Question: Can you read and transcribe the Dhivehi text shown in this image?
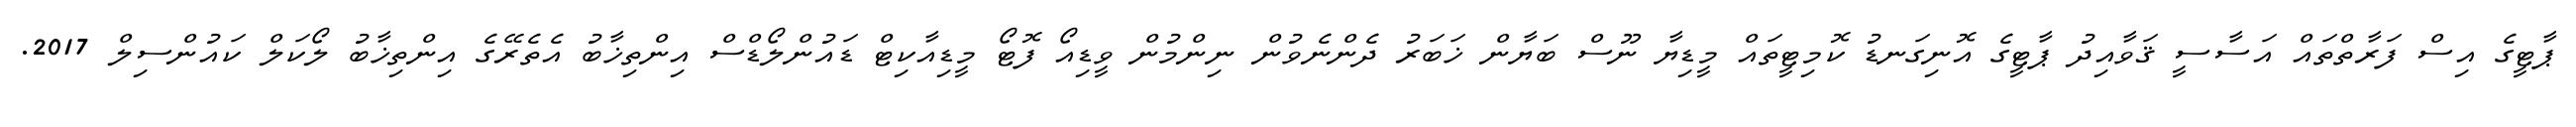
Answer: ޕާޓީގެ އިސް ފަރާތްތައް އަސާސީ ޤަވާއިދު ޕާޓީގެ އޮނިގަނޑު ކޮމިޓީތައް މީޑިޔާ ނޫސް ބަޔާން ޚަބަރު ދެންނެވުން ނިންމުން ވީޑިއޯ ފޮޓޯ މީޑިއާކިޓް ޑައުންލޯޑްސް އިންތިޚާބު އެތެރޭގެ އިންތިޚާބު ލޯކަލް ކައުންސިލް 2017.